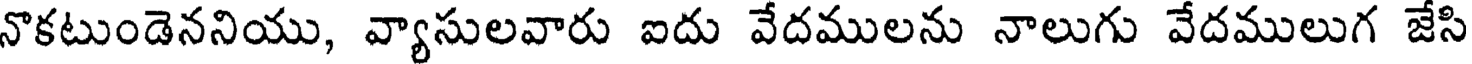
నొకటుండెననియు, వ్యాసులవారు ఐదు వేదములను నాలుగు వేదములుగ జేసి